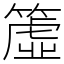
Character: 𥲤